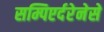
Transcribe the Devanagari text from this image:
सम्पिएर्दरेनेसे